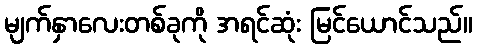
မျက်နှာလေးတစ်ခုကို အရင်ဆုံး မြင်ယောင်သည်။